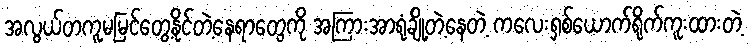
အလွယ်တကူမမြင်တွေ့နိုင်တဲ့နေရာတွေကို အကြားအာရုံချို့တဲ့နေတဲ့ ကလေးရှစ်ယောက်ရိုက်ကူးထားတဲ့